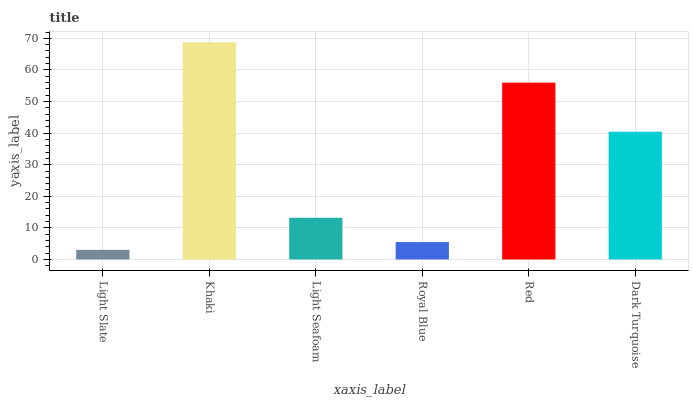
| xaxis_label | bars |
 | --- | --- |
 | Light Slate | 3.04 |
 | Khaki | 68.7 |
 | Light Seafoam | 13.2 |
 | Royal Blue | 5.5 |
 | Red | 56 |
 | Dark Turquoise | 40.4 |